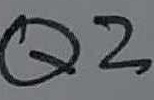
Text: Q2